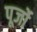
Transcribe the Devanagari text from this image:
पूर्जो